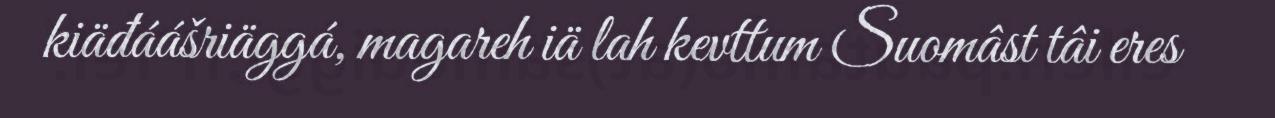
kiäđáášriäggá, magareh iä lah kevttum Suomâst tâi eres